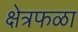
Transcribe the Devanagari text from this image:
क्षेत्रफळा